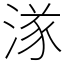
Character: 㴚